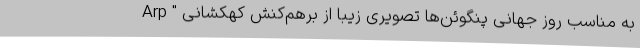
به مناسب روز جهانی پنگوئن‌ها تصویری زیبا از برهم‌کنش کهکشانی " Arp